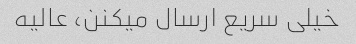
خیلی سریع ارسال میکنن، عالیه